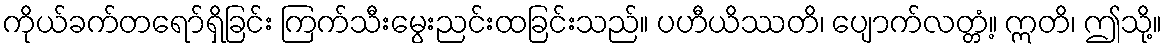
ကိုယ်ခက်တရော်ရှိခြင်း ကြက်သီးမွေးညင်းထခြင်းသည်။ ပဟီယိဿတိ၊ ပျောက်လတ္တံ့။ ဣတိ၊ ဤသို့။